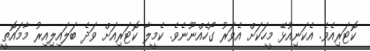
ކޮޓަރިއެވެ. އެކަނިއުޅޭ މީހަކަށް އެވަރު ގޯހެއްނޫނެވެ. ކެމީލާ ކޮޓަރިއަށް ވަދެ ބަލައިލިއިރު މާމައޮތީ